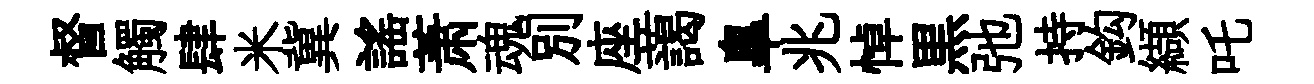
督觸肆米冀謡萧魂别座藹臯兆悼黒弛持鈎纈吒